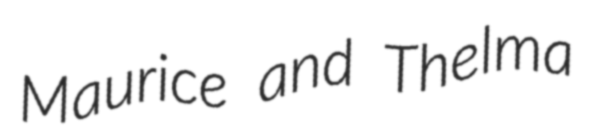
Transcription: Maurice and Thelma